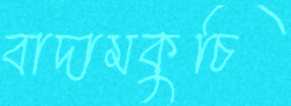
বাদামকুচি